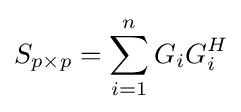
S_{p\times p}=\sum _{i=1}^{n}G_{i}G_{i}^{H}